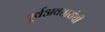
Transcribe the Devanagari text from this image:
पूर्वअवतारांची